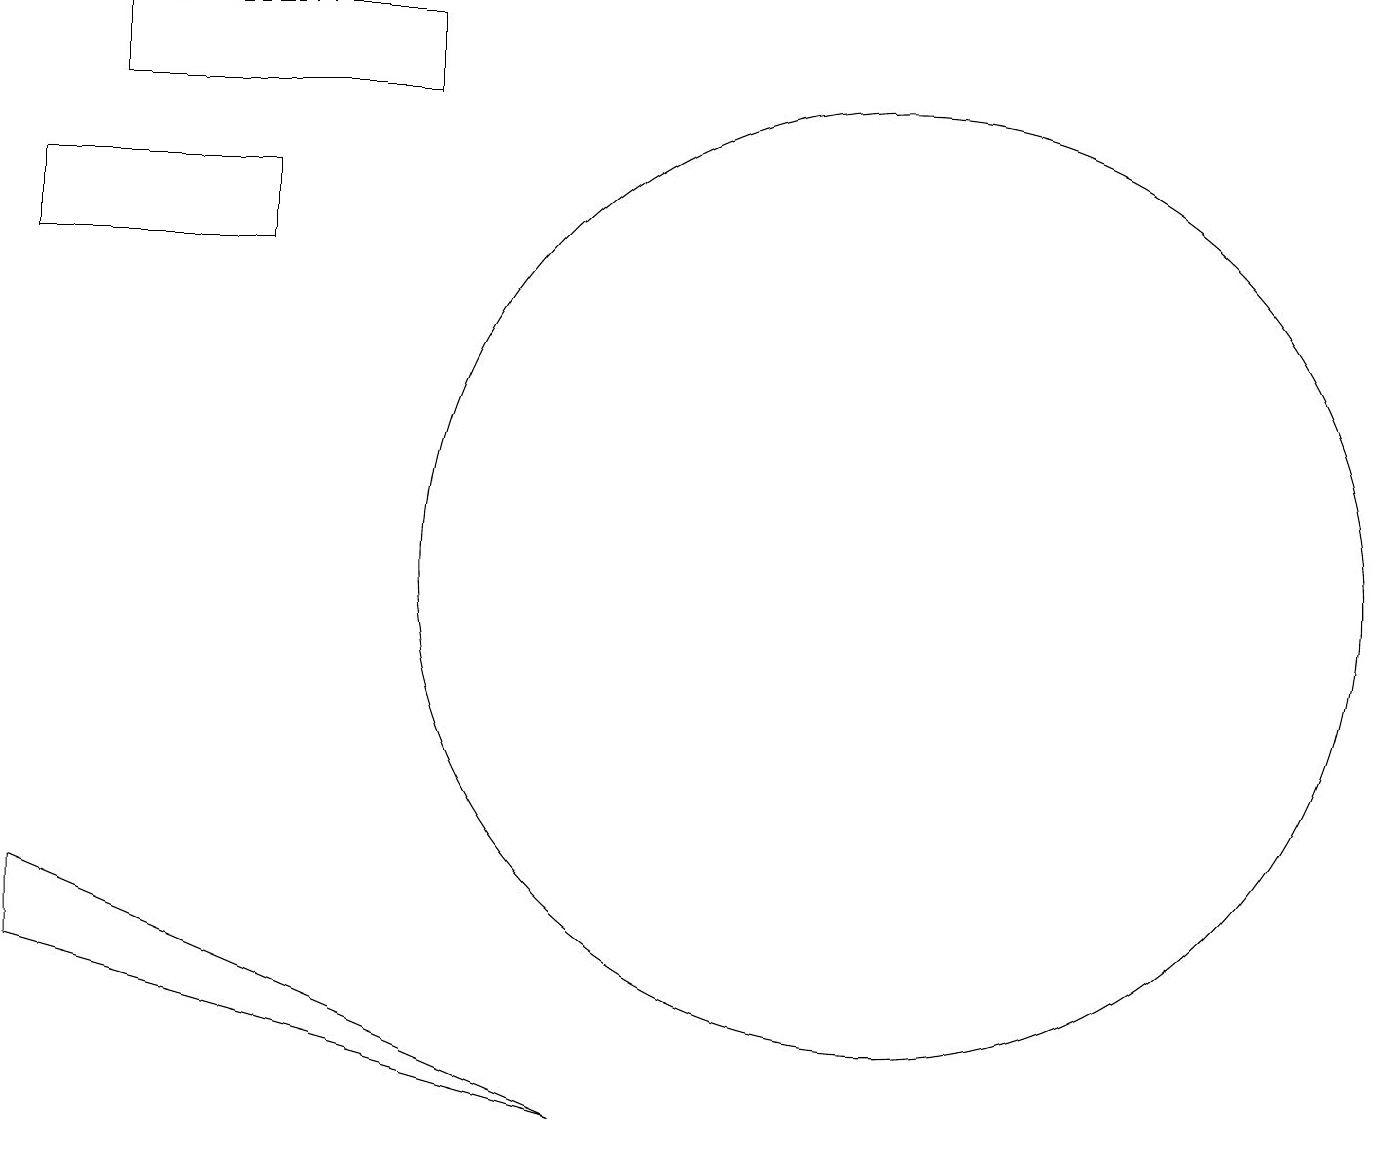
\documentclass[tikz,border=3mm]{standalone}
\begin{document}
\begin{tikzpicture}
\draw (11,10) circle (6);
\draw (5,17) rectangle (1,16);
\draw (7,3) -- (0,6) -- (0,5) -- cycle;
\draw (0,15) rectangle (3,14);
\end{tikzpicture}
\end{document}